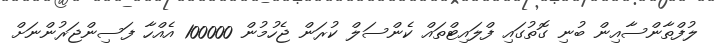
ލުފްތާންސާއިން ބުނި ގޮތުގައި ފްލައިޓްތައް ކެންސަލް ކުރަން ޖެހުމުން 100000 އެއްހާ ފަސިންޖަރުންނަށް